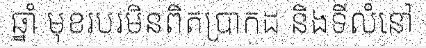
ឆ្នាំ មុខរបរមិនពិតប្រាកដ និងទីលំនៅ